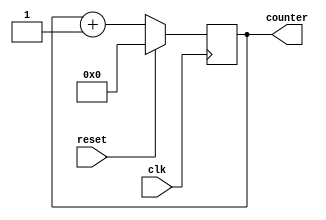
module reset_condition_example (
    input wire clk,          // Clock signal
    input wire reset,        // Reset signal (active high)
    output reg [7:0] counter // Example output register (8-bit counter)
);

// Initial state for the counter
initial begin
    counter = 8'b00000000; // Initialize counter to 0
end

// Synchronous reset logic
always @(posedge clk) begin
    if (reset) begin
        // Reset condition: set counter to initial value
        counter <= 8'b00000000; // Reset counter to 0
    end else begin
        // Normal operation: increment counter
        counter <= counter + 1;
    end
end

endmodule